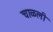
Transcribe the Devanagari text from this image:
चाळली